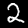
Digit: 2